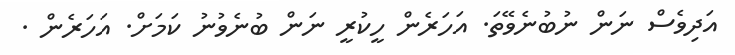
އަދިވެސް ނަން ނުބުނެވޭތަ. އަހަރެން ހީކުރީ ނަން ބުނެވުނު ކަމަށް. އަހަރެން .